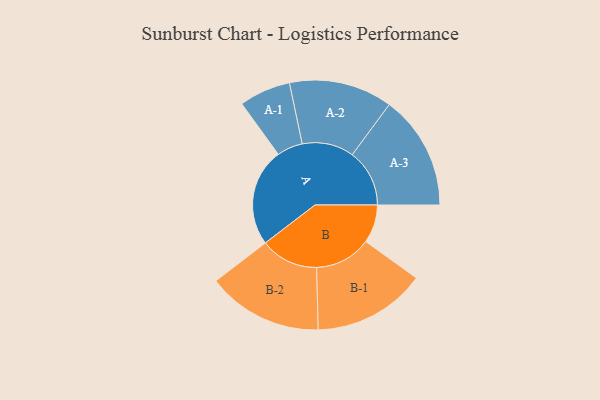
{"axis": {"x": "Segment", "y": "Value"}, "legend": ["", "A", "B"], "data": [{"x": "A", "y": 494, "type": ""}, {"x": "B", "y": 193, "type": ""}, {"x": "A-1", "y": 130, "type": "A"}, {"x": "A-2", "y": 261, "type": "A"}, {"x": "A-3", "y": 289, "type": "A"}, {"x": "B-1", "y": 285, "type": "B"}, {"x": "B-2", "y": 292, "type": "B"}]}